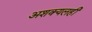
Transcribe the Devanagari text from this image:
अशक्यलही